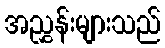
အညွှန်းများသည်